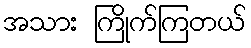
အသား ကြိုက်ကြတယ်